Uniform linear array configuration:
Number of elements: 12
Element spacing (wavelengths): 0.5
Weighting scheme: kaiser
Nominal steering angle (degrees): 15
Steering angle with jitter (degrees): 16.74
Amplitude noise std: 0.05
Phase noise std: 0.05

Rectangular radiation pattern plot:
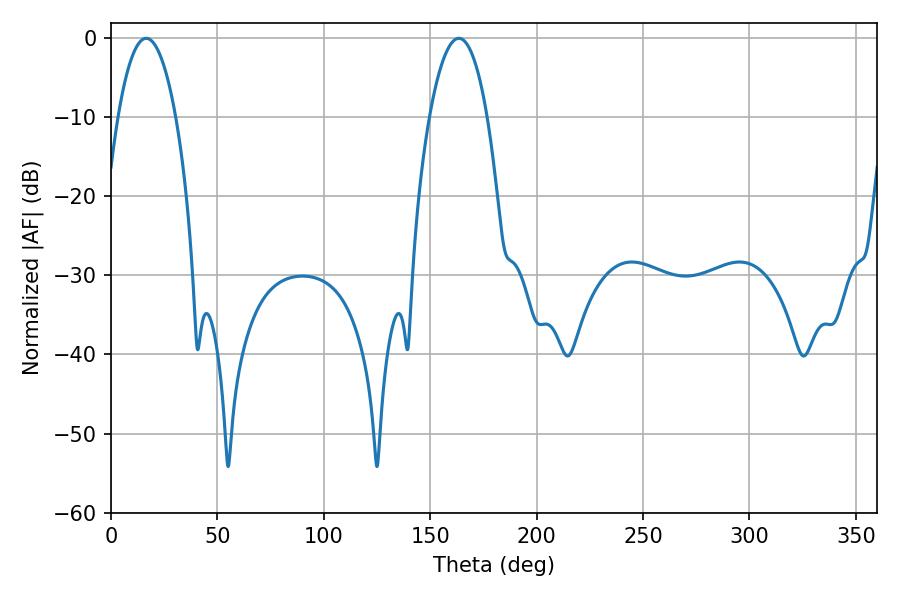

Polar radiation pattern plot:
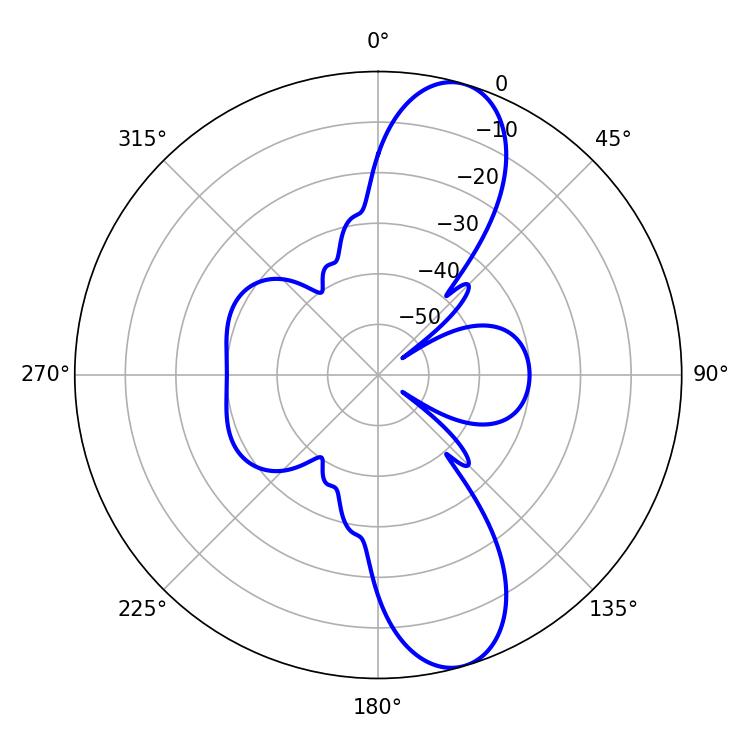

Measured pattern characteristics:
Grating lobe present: FALSE
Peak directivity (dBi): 10.998
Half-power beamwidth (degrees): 14.94
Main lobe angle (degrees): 16.56